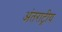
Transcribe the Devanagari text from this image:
अंतराट्रीय